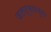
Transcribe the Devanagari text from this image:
जलद्वयणुक